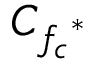
C _ { { f _ { c } } ^ { * } }